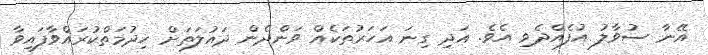
އޭނާ ސުވާލު އުފެއްދެވި އެވެ. އަދި ގިނަ އަހަރުތަކެއް ވަންދެން ދައުލަތަށް ހިދުމަތްކުރައްވާފައިވާ